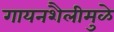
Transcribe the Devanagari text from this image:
गायनशैलीमुळे